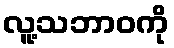
လူ့သဘာဝကို